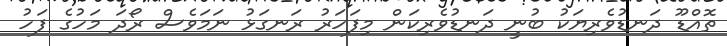
ތޮއްޑޫ ދަނޑުވެރިޔަކު ބުނީ ދަނޑުވެރިކަން މިފަހަރު ރަނގަޅު ނަމަވެސް ރޯދަ މަހުގެ ފަހު